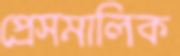
প্রেসমালিক